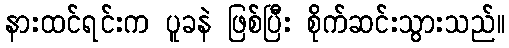
နားထင်ရင်းက ပူခနဲ ဖြစ်ပြီး စိုက်ဆင်းသွားသည်။